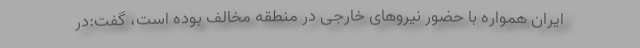
ایران همواره با حضور نیروهای خارجی در منطقه مخالف بوده است، گفت:در